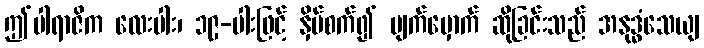
ဤပါရာဇိက လေးပါး၊ ၁၉-ပါးဖြင့် နှိပ်စက်၍ မျက်မှောက် ဆိုခြင်းသည် အနုဒ္ဓံသေယျ